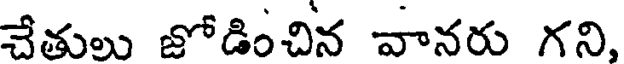
చేతులు జోడించిన వానరు గని,